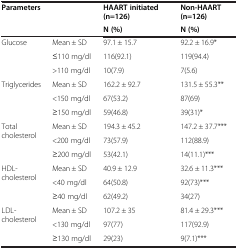
| <ROWSPAN=2-COLSPAN=2> Parameters | HAART initiated (n=126) | Non-HAART (n=126) |
 | N (%) | N (%) |
 | --- | --- | --- | --- |
 | <ROWSPAN=3> Glucose | Mean ± SD | 97.1 ± 15.7 | 92.2 ± 16.9* |
 | ≤110 mg/dl | 116(92.1) | 119(94.4) |
 | >110 mg/dl | 10(7.9) | 7(5.6) |
 | <ROWSPAN=3> Triglycerides | Mean ± SD | 162.2 ± 92.7 | 131.5 ± 55.3** |
 | <150 mg/dl | 67(53.2) | 87(69) |
 | ≥150 mg/dl | 59(46.8) | 39(31)* |
 | <ROWSPAN=3> Total cholesterol | Mean ± SD | 194.3 ± 45.2 | 147.2 ± 37.7*** |
 | <200 mg/dl | 73(57.9) | 112(88.9) |
 | ≥200 mg/dl | 53(42.1) | 14(11.1)*** |
 | <ROWSPAN=3> HDL-cholesterol | Mean ± SD | 40.9 ± 12.9 | 32.6 ± 11.3*** |
 | <40 mg/dl | 64(50.8) | 92(73)*** |
 | ≥40 mg/dl | 62(49.2) | 34(27) |
 | <ROWSPAN=3> LDL-cholesterol | Mean ± SD | 107.2 ± 35 | 81.4 ± 29.3*** |
 | <130 mg/dl | 97(77) | 117(92.9) |
 | ≥130 mg/dl | 29(23) | 9(7.1)*** |